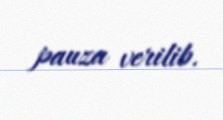
pauza verilib.